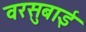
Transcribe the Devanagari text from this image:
वरसुबाई